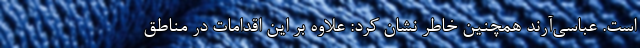
است. عباسی‌آرند همچنین خاطر نشان کرد: علاوه بر این اقدامات در مناطق